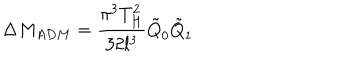
LaTeX: \Delta M _ { A D M } = \frac { \pi ^ { 3 } T _ { H } ^ { 2 } } { 3 2 l ^ { 3 } } \tilde { Q } _ { 0 } \tilde { Q } _ { 1 }